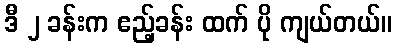
ဒီ ၂ ခန်းက ဧည့်ခန်း ထက် ပို ကျယ်တယ်။